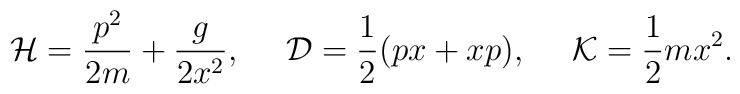
{\cal H}={{p^2}\over{2m}}+{g\over{2x^2}},\ \ \ \  {\cal D}={1\over 2}(px+xp),\ \ \ \  {\cal K}={1\over 2}mx^2.